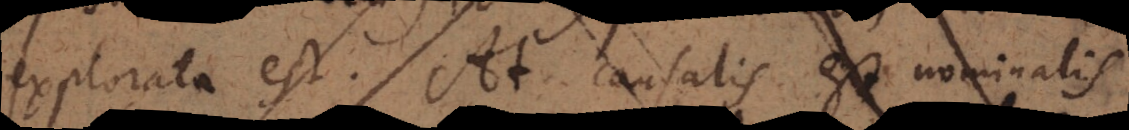
explorata est. At causalis est nominalis